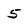
Character: 5